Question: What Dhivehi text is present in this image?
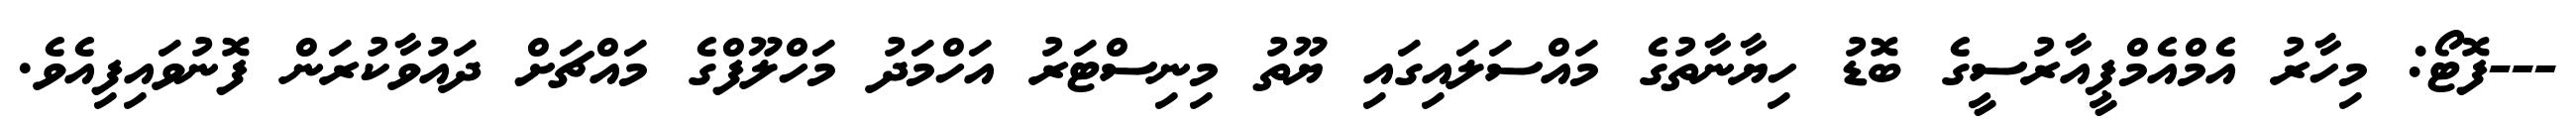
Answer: ---ފޮޓޯ: މިހާރު އެމްއެމްޕީއާރުސީގެ ބޮޑު ހިޔާނާތުގެ މައްސަލައިގައި ޔޫތު މިނިސްޓަރު އަހްމަދު މަހްލޫފްގެ މައްޗަށް ދައުވާކުރަން ފޮނުވައިފިއެވެ.